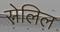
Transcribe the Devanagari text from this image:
सेलिल